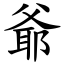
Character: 爺